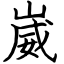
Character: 崴